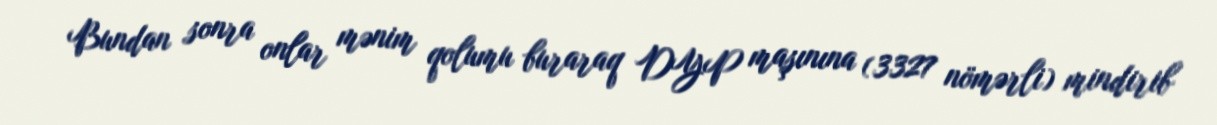
Bundan sonra onlar mənim qolumu buraraq DYP maşınına (3327 nömərli) mindirib